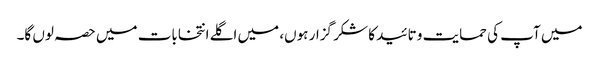
میں آپ کی حمایت و تائید کا شکر گزار ہوں، میں اگلے انتخابات میں حصہ لوں گا۔